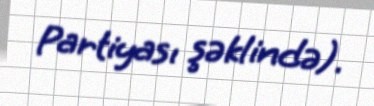
Partiyası şəklində).